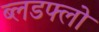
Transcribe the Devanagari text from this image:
ब्लडफ्लो